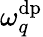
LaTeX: \omega_{q}^{\mathrm{dp}}